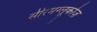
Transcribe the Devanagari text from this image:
सीरमग्लूकोज़